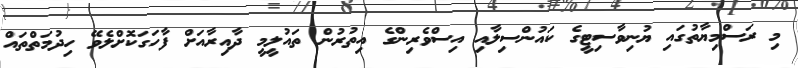
މި ރަސްމިޔާތުގައި ޔުނިވާސިޓީގެ ކައުންސިލާއި އިސްވެރިންގެ އިތުރުން ތައުލީމީ ދާއިރާއަށް ފާހަގަކޮށްލެވޭ ހިދުމަތްތައް